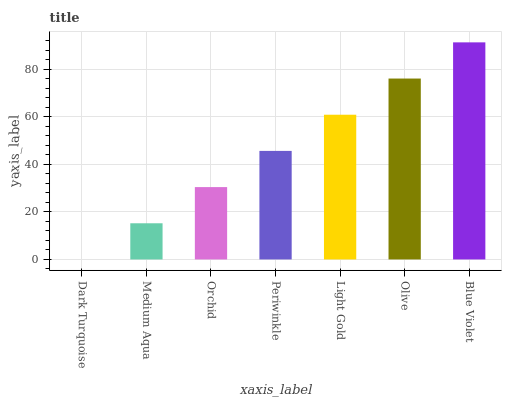
| xaxis_label | bars |
 | --- | --- |
 | Dark Turquoise | 0 |
 | Medium Aqua | 15.2 |
 | Orchid | 30.5 |
 | Periwinkle | 45.7 |
 | Light Gold | 60.9 |
 | Olive | 76.2 |
 | Blue Violet | 91.4 |